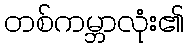
တစ်ကမ္ဘာလုံး၏